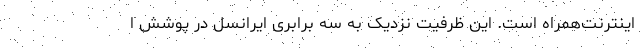
اینترنت‌همراه است. این ظرفیت نزدیک به سه برابری ایرانسل در پوشش ا